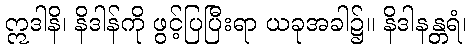
ဣဒါနိ၊ နိဒါန်ကို ဖွင့်ပြပြီးရာ ယခုအခါ၌။ နိဒါနန္တရံ၊